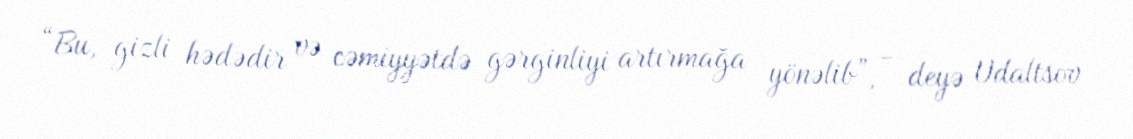
“Bu, gizli hədədir və cəmiyyətdə gərginliyi artırmağa yönəlib”, - deyə Udaltsov